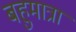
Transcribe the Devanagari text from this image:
बहुमात्रा